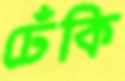
ঢেঁকি